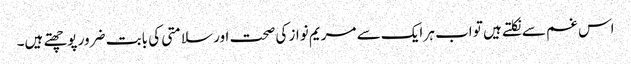
اس غم سے نکلتے ہیں تو اب ہر ایک سے مریم نواز کی صحت اور سلامتی کی بابت ضرور پوچھتے ہیں۔